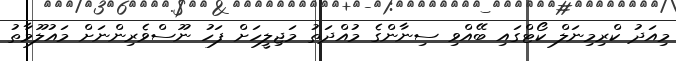
މިއަދު ކްރިމިނަލް ކޯޓްގައި ބޭއްވި ސިނާންގެ މުއްދަތު މަޖިލީހަށް ފަހު ނޫސްވެރިންނަށް މައުލޫމާތު